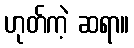
ဟုတ်ကဲ့ ဆရာ။